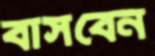
বাসবেন